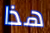
هذا